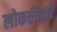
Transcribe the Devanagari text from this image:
लोकतंत्रद्वारे